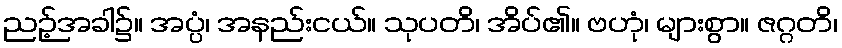
ညဉ့်အခါ၌။ အပ္ပံ၊ အနည်းငယ်။ သုပတိ၊ အိပ်၏။ ဗဟုံ၊ များစွာ။ ဇဂ္ဂတိ၊